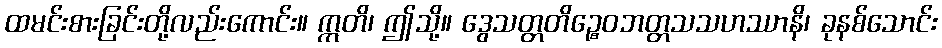
ထမင်းစားခြင်းတို့လည်းကောင်း။ ဣတိ၊ ဤသို့။ ဒွေသတ္တတိဉ္စေဝဘတ္တသသဟဿာနိ၊ ခုနစ်သောင်း